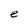
Character: e